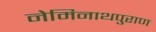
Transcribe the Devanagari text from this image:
नेमिनाथपुराण